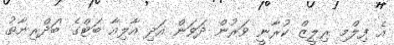
އެ ފިލްމި ރިލީޒް ކުރާނީ ވަރުން ދަވަން އަދި އާލިއާ ބަޓްގެ 'ބަދްރިނާތު